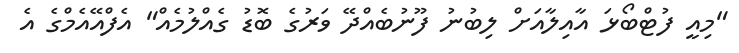
"މިއީ ފުޓްބޯޅަ އާއިލާއަށް ލިބުނު ފޫނުބެއްދޭ ވަރުގެ ބޮޑު ގެއްލުމެއް" އެފްއޭއެމްގެ އެ